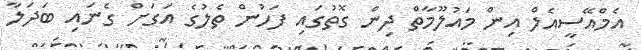
އެމްއޭސީއެލް އިން މައުލޫމާތް ދިން ގޮތުގައި ފަހުން ތެލުގެ އަގަށް ގެނައި ބަދަލާ